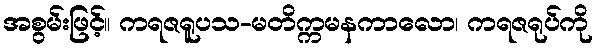
အစွမ်းဖြင့်။ ကရဇရူပသ-မတိက္ကမနကာလော၊ ကရဇရုပ်ကို